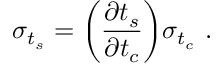
\sigma _ { t _ { s } } = \bigg ( \frac { \partial t _ { s } } { \partial t _ { c } } \bigg ) \sigma _ { t _ { c } } ~ .